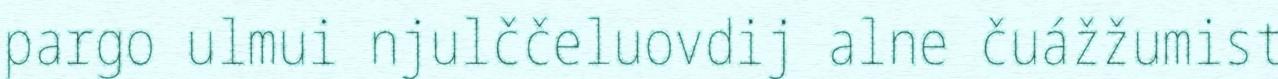
pargo ulmui njulččeluovdij alne čuážžumist